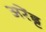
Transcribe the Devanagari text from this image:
अरेंड्ट